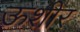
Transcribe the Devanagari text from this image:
ऊशीर